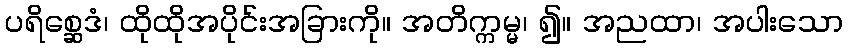
ပရိစ္ဆေဒံ၊ ထိုထိုအပိုင်းအခြားကို။ အတိက္ကမ္မ၊ ၍။ အညထာ၊ အပါးသော